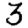
Digit: 3